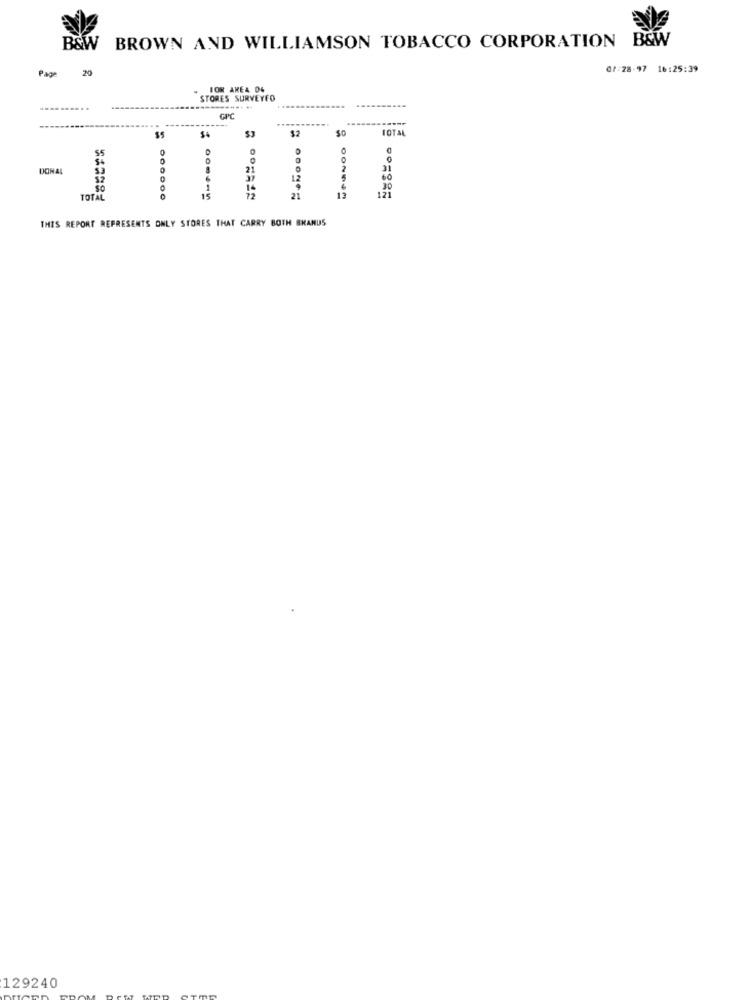
BROWN AND WILLIAMSON TOBACCO CORPORATION B&W
B&W
Page 20
07:28-97 16:25:39
FOR AKEA 0%
STORES SURVEYED
....
GPC
$2
$0
TOTAL
$5
$4
$3
O
0
C
55
DONAL
21
31
6
37
60
1
14
177
30
TOTAL
0
15
72
21
13
THIS REPORT REPRESENTS ONLY STORES THAT CARRY BOTH BRANDS
129240